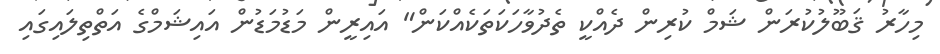
މިހާރު ޤަބޫލުކުރަން ޝަމް ކުރިން ދެއްކީ ތެދުވާހަކަތަކެއްކަން" އައިރީން މަޑުމަޑުން އައިޝަމްގެ އަތްތިލައިގައި